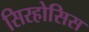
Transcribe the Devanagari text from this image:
सिरहोसिस